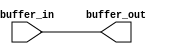
module acl_dspba_buffer(
  buffer_in,
  buffer_out
);

parameter WIDTH = 32;

input  [WIDTH-1:0] buffer_in;
output [WIDTH-1:0] buffer_out;

assign buffer_out = buffer_in;

endmodule